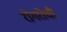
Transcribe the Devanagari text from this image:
रोगरोधी